Burma Government Medical School reports 1923-41
Year: 1923
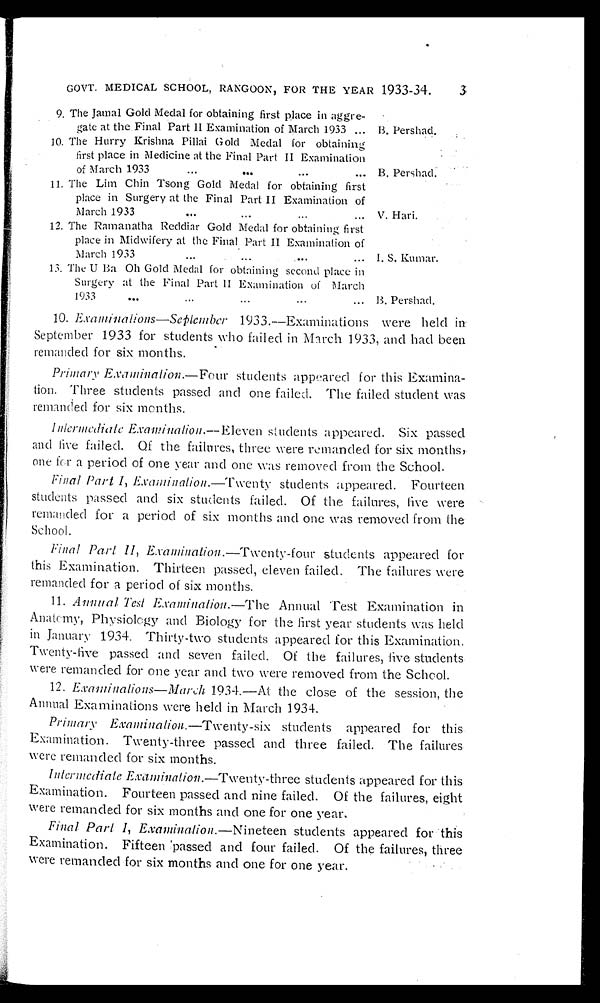
3
GOVT. MEDICAL SCHOOL, RANGOON, FOR THE YEAR 1933-34.
9. The Jamal Gold Medal for obtaining first place in aggre
-gate at the Final Part II Examination of March 1933 . . . B. Pershad.
1O. The Hurry Krishna Pillai Gold Medal for obtaining
first place in Medicine at the Final Part II Examination
of March 1933 . . . B. Pershad.
11. The Lim Chin Tsong Gold Medal for obtaining first
place in Surgery at the Final Part II Examination of
March 1933 . . . V. Hari.
12. The Ramanatha Reddiar Gold Medal for obtaining first
place in Midwifery at the Final Part II Examination of
March 1933 . . . I. S. Kumar.
13. The U Ba Oh Gold Medal for obtaining second place in
Surgery at the Final Part II Examination of March
1933 . . .
B. Pershad.
10. Examinations—September 1933.—Examinations were held in
September 1933 for students who failed in March 1933, and had been
remanded for six months.
Primary Examination.—Four students appeared for this Examina
-tion. Three students passed and one failed. The failed student was
remanded for six months.
Intermediate Examination.— Eleven students appeared. Six passed
a n d f i v e f a i l e d . O f t h e f a i l u r e s , t h r e e w e r e r e m a n d e d f o r s i x m o n t h s ,
one for a period of one year and one was removed from the School.
Final Part I, Examination .—Twenty students appeared. Fourteen
students passed and six students failed. Of the failures, five were
remanded for a period of six months and one was removed from the
School.
Final Part II, Examination. —Twenty-four students appeared for
this Examination. Thirteen passed, eleven failed. The failures were
remanded for a period of six months.
11. Annual Test Examination .—The Annual Test Examination in
Anatemy, Physiology and Biology for the first year students was held
in January 1934. Thirty-two students appeared for this Examination.
Twenty-five passed and seven failed. Of the failures, five students
were remanded for one year and two were removed from the School.
12. Examinations —March 1934.—At the close of the session, the
Annual Examinations were held in March 1934.
Primary Examination .—Twenty-six students appeared for this
Examination. Twenty-three passed and three failed. The failures
were remanded for six months.
Intermediate Examination .—Twenty-three students appeared for this
Examination. Fourteen passed and nine failed. Of the failures, eight
were remanded for six months and one for one year.
Final Part I, Examination .—Nineteen students appeared for this
Examination. Fifteen passed and four failed. Of the failures, three
were remanded for six months and one for one year.